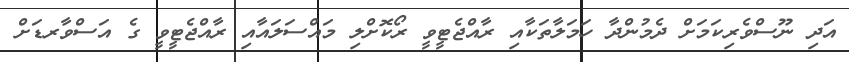
އަދި ނޫސްވެރިކަމަށް ދެމުންދާ ހަމަލާތަކާއި ރާއްޖެޓީވީ ރޯކޮށްލި މައްސަލައާއި ރާއްޖެޓީވީ ގެ އަސްވާރޑަށް